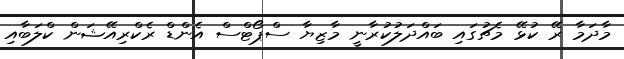
މާދަމާ ރޭ ކުޅޭ މެޗުގައި ބައްދަލުކުރާނީ މާޒިޔާ ސްޕޯޓްސް އެންޑް ރެކްރިއޭޝަން ކްލަބާއި